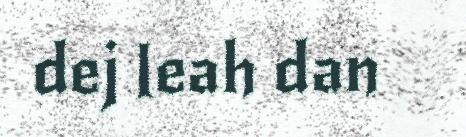
dej leah dan